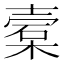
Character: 槖